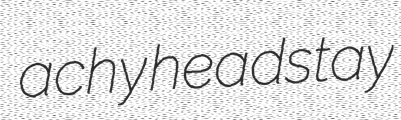
achy headstay